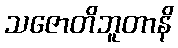
သဇောတိဘူတာနိ